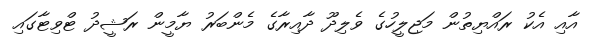
އާއި އެކު ރައްޔިތުން މަޖިލީހުގެ ވެލިދޫ ދާއިރާގެ މެންބަރު ޔާމީން ރަޝީދު ޓްވިޓާގައި